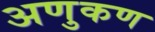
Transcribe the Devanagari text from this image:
अणुकण